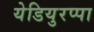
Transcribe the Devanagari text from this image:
येडियुरप्पा